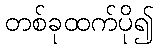
တစ်ခုထက်ပို၍